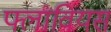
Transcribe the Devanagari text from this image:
फ्लावियस